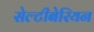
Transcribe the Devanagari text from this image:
सेल्टीबेरियन